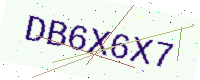
Text: DB6X6X7